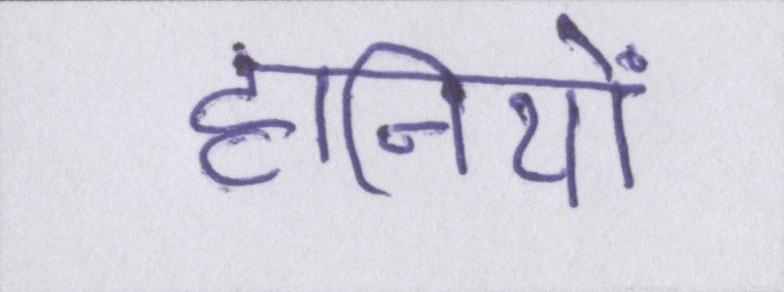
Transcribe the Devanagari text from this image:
हानियों